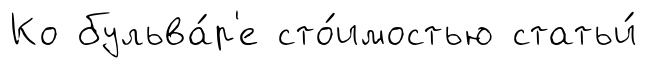
Ко бульва́р'е сто́имостью статьи́